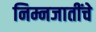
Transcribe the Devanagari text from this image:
निम्नजातींचे